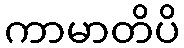
ကာမာတိပိ